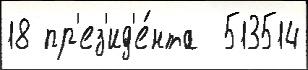
18 пр'ез'ид'е́нта  513514